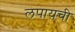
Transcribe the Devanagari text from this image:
लपायची